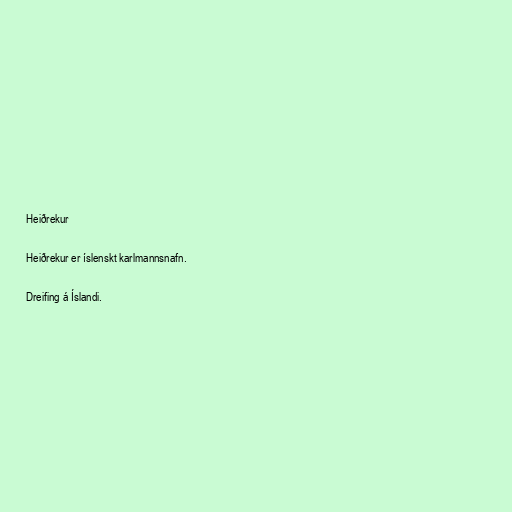
Heiðrekur

Heiðrekur er íslenskt karlmannsnafn.

Dreifing á Íslandi.